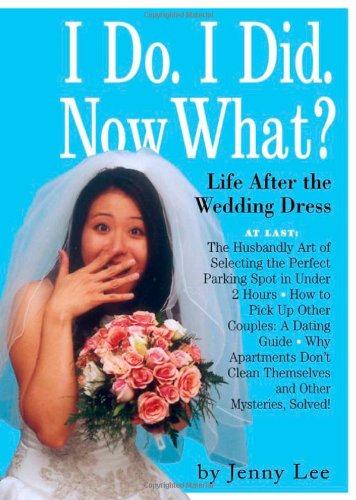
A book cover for I Do. I Did. Now What?!: Life After the Wedding Dress; Jenny Lee; Crafts, Hobbies & Home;